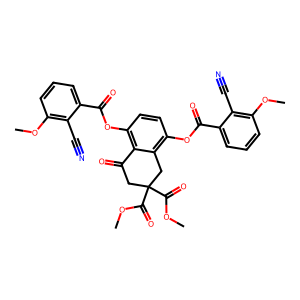
SMILES: COC(=O)C1(C(=O)OC)CC(=O)c2c(OC(=O)c3cccc(OC)c3C#N)ccc(OC(=O)c3cccc(OC)c3C#N)c2C1
Inhibits HIV replication: No